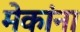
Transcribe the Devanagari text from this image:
मेकांना